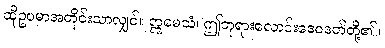
ထိုဥပမာအတိုင်းသာလျှင်။ ဣမေသံ၊ ဤဘုရားလောင်းဒေဝဒတ်တို့၏။